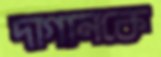
দাগানকে